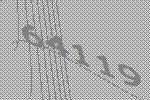
64119